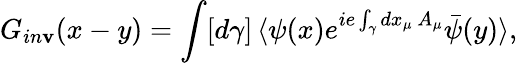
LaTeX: G_{in\mathbf{v}}(x-y)=\int[d\gamma]\, \langle\psi(x)e^{ie\int_{\gamma}dx_{\mu}\, A_{\mu}}\bar{{\psi}}(y)\rangle,